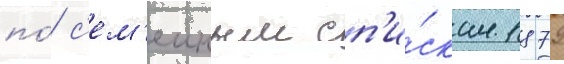
по́ с'ем'еиным сп'и́скам 1879